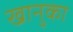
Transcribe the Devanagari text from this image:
खानुका